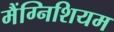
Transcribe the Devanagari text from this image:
मैंग्निशियम